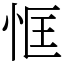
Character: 恇